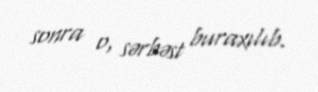
sonra o, sərbəst buraxılıb.